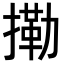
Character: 𢳝